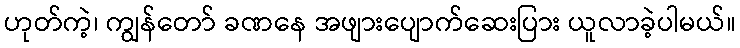
ဟုတ်ကဲ့၊ ကျွန်တော် ခဏနေ အဖျားပျောက်ဆေးပြား ယူလာခဲ့ပါမယ်။